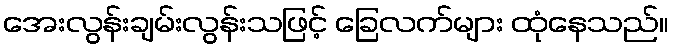
အေးလွန်းချမ်းလွန်းသဖြင့် ခြေလက်များ ထုံနေသည်။